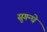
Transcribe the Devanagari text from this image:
सुगन्धे